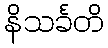
နိသင်္ခတိ